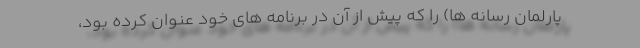
پارلمان رسانه ها) را که پیش از آن در برنامه های خود عنوان کرده بود،